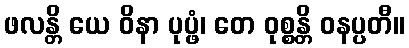
ဖလန္တိ ယေ ဝိနာ ပုပ္ဖံ၊ တေ ဝုစ္စန္တိ ဝနပ္ပတီ။